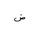
Letter: _dad